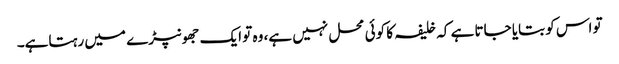
تو اس کو بتایا جاتا ہے کہ خلیفہ کا کوئی محل نہیں ہے، وہ تو ایک جھونپڑے میں رہتاہے۔